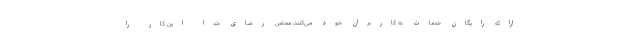
ارائه رایگان خدمات به کاربران خود می‌کنند، محض رضای خدا این کار را